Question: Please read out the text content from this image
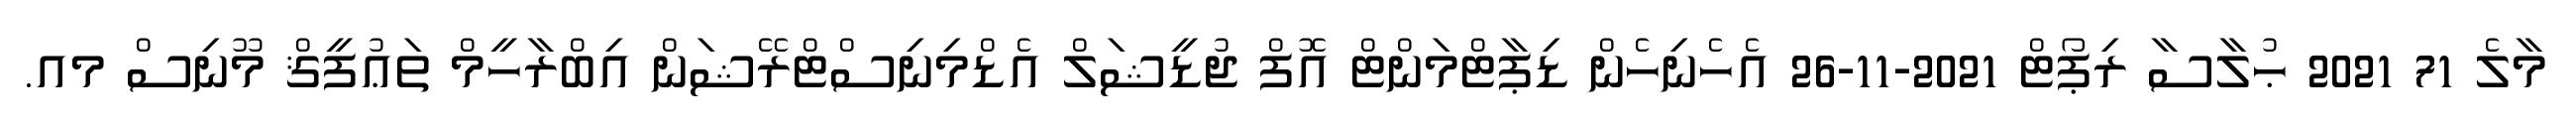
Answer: މާލެ 71 2021 ޙުލާސާ ރިޕޯޓް 2021-11-26 އެހެނިހެން ޑިޕާޓްމަންޓް އޮފް ޖުޑީޝަލް އެޑްމިނިސްޓްރޭޝަން އިބްރާހީމް ތަޢުފީޤް މޫނިސް މއ.